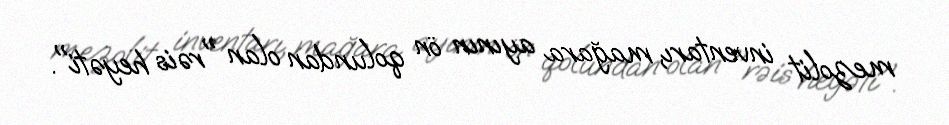
mezolit inventarı, mağara ayının ön qolundan olan "rəis heyəti".